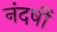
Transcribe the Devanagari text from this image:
नंदर्षी